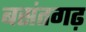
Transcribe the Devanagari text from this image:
बसंतगढ़